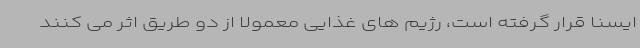
ایسنا قرار گرفته است، رژیم های غذایی معمولا از دو طریق اثر می کنند